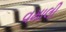
વમાલી